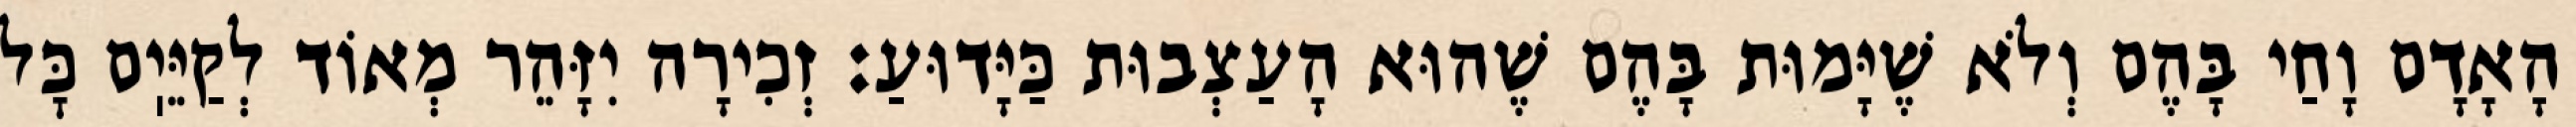
הָאָדָם וָחַי בָּהֶם וְלֹא שֶׁיָּמוּת בָּהֶם שֶׁהוּא הָעַצְבוּת כַּיָּדוּעַ: זְכִירָה יִזָּהֵר מְאוֹד לְקַיֵּיֽם כׇּל